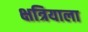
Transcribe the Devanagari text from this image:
क्षत्रियाला